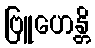
ဗြူဟေန္တိ